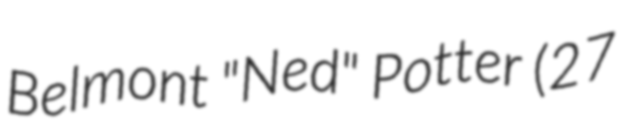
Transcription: Belmont "Ned" Potter (27